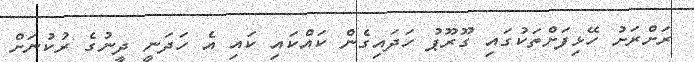
ރަށްރަށު ހޭޅިފަށްތަކުގައި ގޫރޫޕު ހަދައިގެން ކައްކައި ކައި އެ ހަދަނީ ދީނުގެ ރުކުނަށް